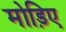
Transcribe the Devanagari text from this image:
मोड़िए